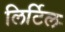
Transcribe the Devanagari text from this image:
लिर्टिल